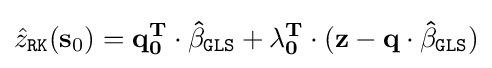
{\hat {z}}_{\mathtt {RK}}(\mathbf {s} _{0})=\mathbf {q} _{\mathbf {0} }^{\mathbf {T} }\cdot \mathbf {\hat {\beta }} _{\mathtt {GLS}}+\mathbf {\lambda } _{\mathbf {0} }^{\mathbf {T} }\cdot (\mathbf {z} -\mathbf {q} \cdot \mathbf {\hat {\beta }} _{\mathtt {GLS}})